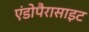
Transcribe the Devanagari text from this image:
एंडोपैरासाइट